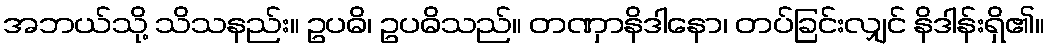
အဘယ်သို့ သိသနည်း။ ဥပဓိ၊ ဥပဓိသည်။ တဏှာနိဒါနော၊ တပ်ခြင်းလျှင် နိဒါန်းရှိ၏။